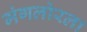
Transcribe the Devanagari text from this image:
मंगलोरला